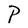
Character: P